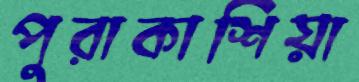
পুরাকাশিয়া